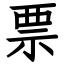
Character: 票